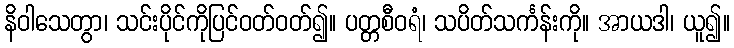
နိဝါသေတွာ၊ သင်းပိုင်ကိုပြင်ဝတ်ဝတ်၍။ ပတ္တစီဝရံ၊ သပိတ်သင်္ကန်းကို။ အာယဒါ၊ ယူ၍။